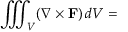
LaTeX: \iiint _ { V } ( \nabla \times \mathbf { F } ) \, d V =